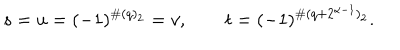
s = u = ( - 1 ) ^ { \# ( q ) _ { 2 } } = v , \qquad t = ( - 1 ) ^ { \# ( q + 2 ^ { \alpha - 1 } ) _ { 2 } } .